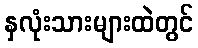
နှလုံးသားများထဲတွင်